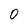
Character: 0